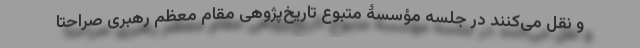
و نقل می‌کنند در جلسه‌ مؤسسۀ متبوع تاریخ‌پژوهی مقام معظم رهبری صراحتا